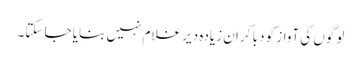
لوگوں کی آواز کو دبا کر ان زیادہ دیر غلام نہیں بنایا جا سکتا۔